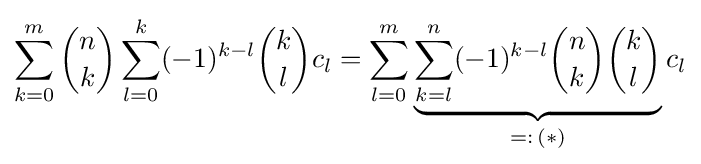
\sum _{k=0}^{m}{\binom {n}{k}}\sum _{l=0}^{k}(-1)^{k-l}{\binom {k}{l}}c_{l}=\sum _{l=0}^{m}\underbrace {\sum _{k=l}^{n}(-1)^{k-l}{\binom {n}{k}}{\binom {k}{l}}} _{=:\,(*)}c_{l}